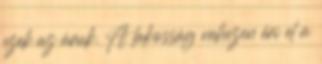
ezek az áruk. A lakosság nehezen éri el a